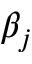
\beta _ { j }